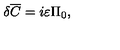
\delta { \overline { C } } = i \varepsilon \Pi _ { 0 } ,